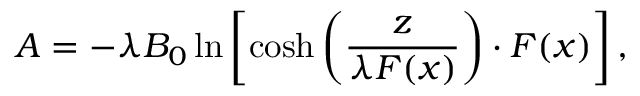
A = - \lambda B _ { 0 } \ln \left[ \cosh \left( \frac { z } { \lambda F ( x ) } \right) \cdot F ( x ) \right] ,